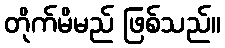
တိုက်မိမည် ဖြစ်သည်။